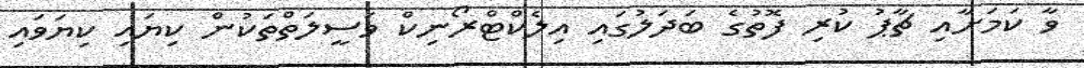
ވާ ކަމަށާއި ޗާޕު ކުރި ފޮތުގެ ބަދަލުގައި އިލެކްޓްރޯނިކް ވަސީލަތްތަކުން ކިޔައި ކިޔަވައި